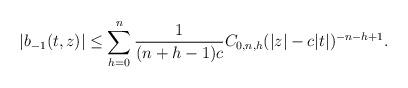
LaTeX: \begin{align*} | b _ { - 1 } ( t , z ) | \le \sum _ { h = 0 } ^ n \frac 1 { ( n + h - 1 ) c } C _ { 0 , n , h } ( | z | - c | t | ) ^ { - n - h + 1 } .\end{align*}